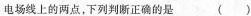
电场线上的两点，下列判断正确的是()